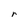
Character: r